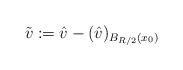
\begin{align*}\tilde v:=\hat v-(\hat v)_{B_{R/2}(x_0)}\end{align*}